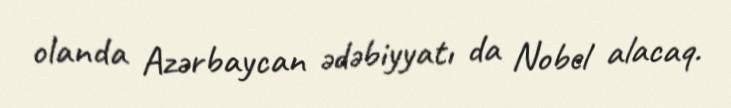
olanda Azərbaycan ədəbiyyatı da Nobel alacaq.